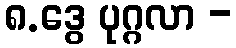
၈.ဒွေ ပုဂ္ဂလာ -